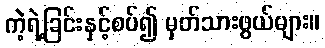
ကဲ့ရဲ့ခြင်းနှင့်စပ်၍ မှတ်သားဖွယ်များ။